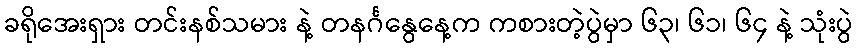
ခရိုအေးရှား တင်းနစ်သမား နဲ့ တနင်္ဂနွေနေ့က ကစားတဲ့ပွဲမှာ ၆၃၊ ၆၁၊ ၆၄ နဲ့ သုံးပွဲ